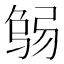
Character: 𢏻